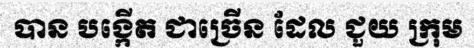
បាន បង្កើត ជាច្រើន ដែល ជួយ ក្រុម